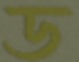
ড